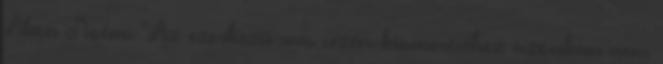
Alexa Noémi "Az ezerkezű sms cézár kiismeréséhez azonban nem